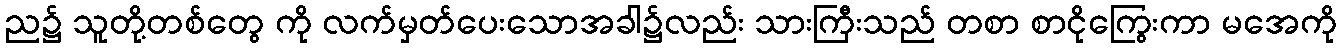
ည၌ သူတို့တစ်တွေ ကို လက်မှတ်ပေးသောအခါ၌လည်း သားကြီးသည် တစာ စာငိုကြွေးကာ မအေကို